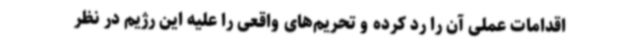
اقدامات عملی آن را رد کرده و تحریم‌های واقعی را علیه این رژیم در نظر